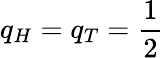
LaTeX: q_{H}=q_{T}=\frac{1}{2}